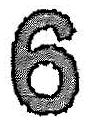
6